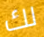
لك